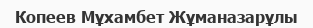
Копеев Мұхамбет Жұманазарұлы